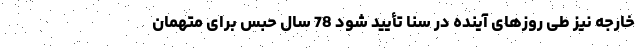
خارجه نیز طی روزهای آینده در سنا تأیید شود 78 سال حبس برای متهمان